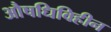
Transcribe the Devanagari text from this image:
औषधिविहीन